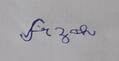
Signature authenticity: forged